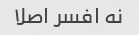
نه افسر اصلا